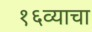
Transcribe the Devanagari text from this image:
१६व्याचा